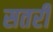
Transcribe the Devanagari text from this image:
सतरी